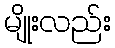
မျိုးလည်း